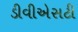
ડીવીએસટી